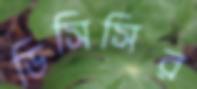
ডিসিসির